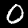
Digit: 0